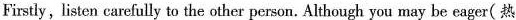
Firstly, listen carefully to the other person. Although you may be eager( 热